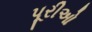
પૂરીઓ